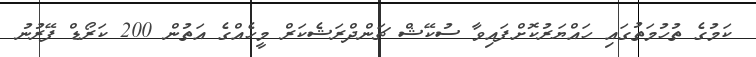
ކަމުގެ ތުހުމަތުގައި ހައްޔަރުކޮށްފައިވާ ސުކޭޝް ޗަންދްރަޝެކަރް މީހެއްގެ އަތުން 200 ކަރޯޑް ފޭރުނު